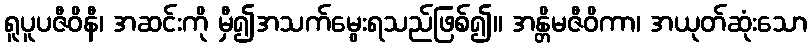
ရူပူပဇီဝိနီ၊ အဆင်းကို မှီ၍အသက်မွေးရသည်ဖြစ်၍။ အန္တိမဇီဝိကာ၊ အယုတ်ဆုံးသော